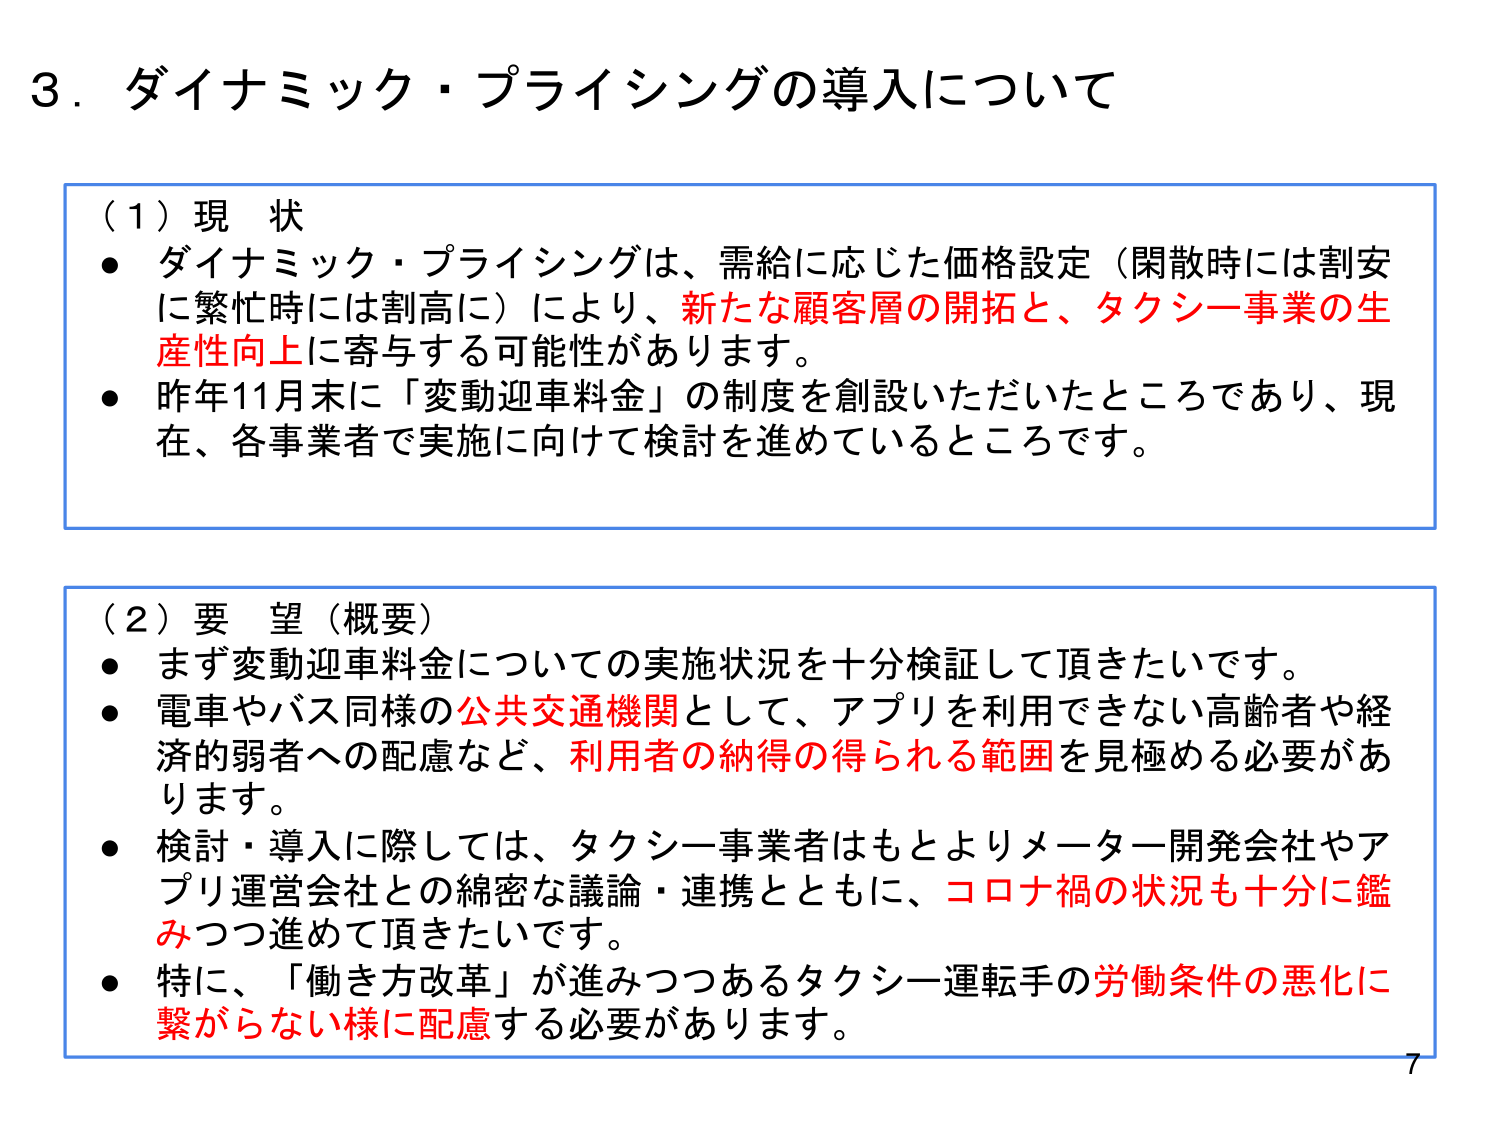
3．ダイナミック・プライシングの導入について

（1）現状
● ダイナミック・プライシングは、需給に応じた価格設定（閑散時には割安に繁忙時には割高に）により、新たな顧客層の開拓と、タクシー事業の生産性向上に寄与する可能性があります。
● 昨年11月末に「変動迎車料金」の制度を創設いただいたところであり、現在、各事業者で実施に向けて検討を進めているところです。

（2）要望（概要）
● まず変動迎車料金についての実施状況を十分検証して頂きたいです。
● 電車やバス同様の公共交通機関として、アプリを利用できない高齢者や経済的弱者への配慮など、利用者の納得の得られる範囲を見極める必要があります。
● 検討・導入に際しては、タクシー事業者はもとよりメーター開発会社やアプリ運営会社との綿密な議論・連携とともに、コロナ禍の状況も十分に鑑みつつ進めて頂きたいです。
● 特に、「働き方改革」が進みつつあるタクシー運転手の労働条件の悪化に繋がらない様に配慮する必要があります。

7